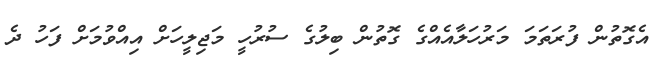
އެގޮތުން ފުރަތަމަ މަރުހަލާއެއްގެ ގޮތުން ބިލުގެ ސުރުހީ މަޖިލީހަށް އިއްވުމަށް ފަހު ދެ